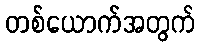
တစ်ယောက်အတွက်